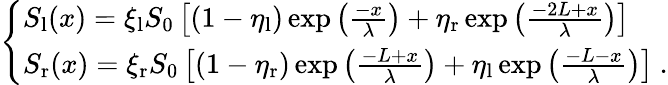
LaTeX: \left\{ \begin{array}{ll}{S_{\mathrm{l}}(x)=\xi_{\mathrm{l}}S_{\mathrm{0}}\left[(1-\eta_{\mathrm{l}})\exp{\left(\frac{-x}{\lambda}\right)}+\eta_{\mathrm{r}}\exp{\left(\frac{-2L+x}{\lambda}\right)}\right]}\\ {S_{\mathrm{r}}(x)=\xi_{\mathrm{r}}S_{\mathrm{0}}\left[(1-\eta_{\mathrm{r}})\exp{\left(\frac{-L+x}{\lambda}\right)}+\eta_{\mathrm{l}}\exp{\left(\frac{-L-x}{\lambda}\right)}\right]\ .}\end{array}\right.